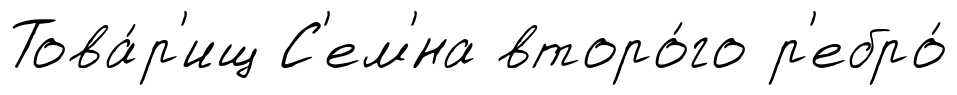
Това́р'ищ С'ем'́на второ́го р'ебро́